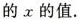
的x的值.